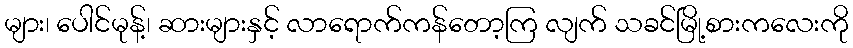
များ၊ ပေါင်မုန့်၊ ဆားများနှင့် လာရောက်ကန်တော့ကြ လျက် သခင်မြို့စားကလေးကို